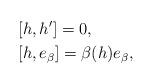
LaTeX: \begin{align*}&[h,h']=0,\\&[h,e_{\beta}]=\beta (h)e_{\beta},\end{align*}